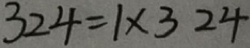
3 2 4 = 1 \times 3 2 4